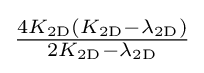
{\tfrac {4K_{\mathrm {2D} }(K_{\mathrm {2D} }-\lambda _{\mathrm {2D} })}{2K_{\mathrm {2D} }-\lambda _{\mathrm {2D} }}}